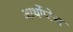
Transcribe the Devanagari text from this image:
आर्थोप्टेरा